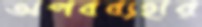
অপবব্যহার